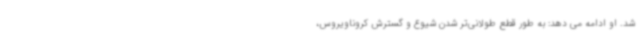
شد. او ادامه می دهد: به طور قطع طولانی‌تر شدن شیوع و گسترش کروناویروس،